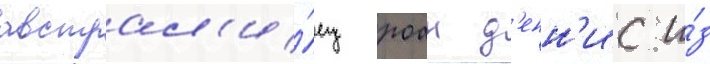
австрал'и́ец роан д'енн'ис и́з